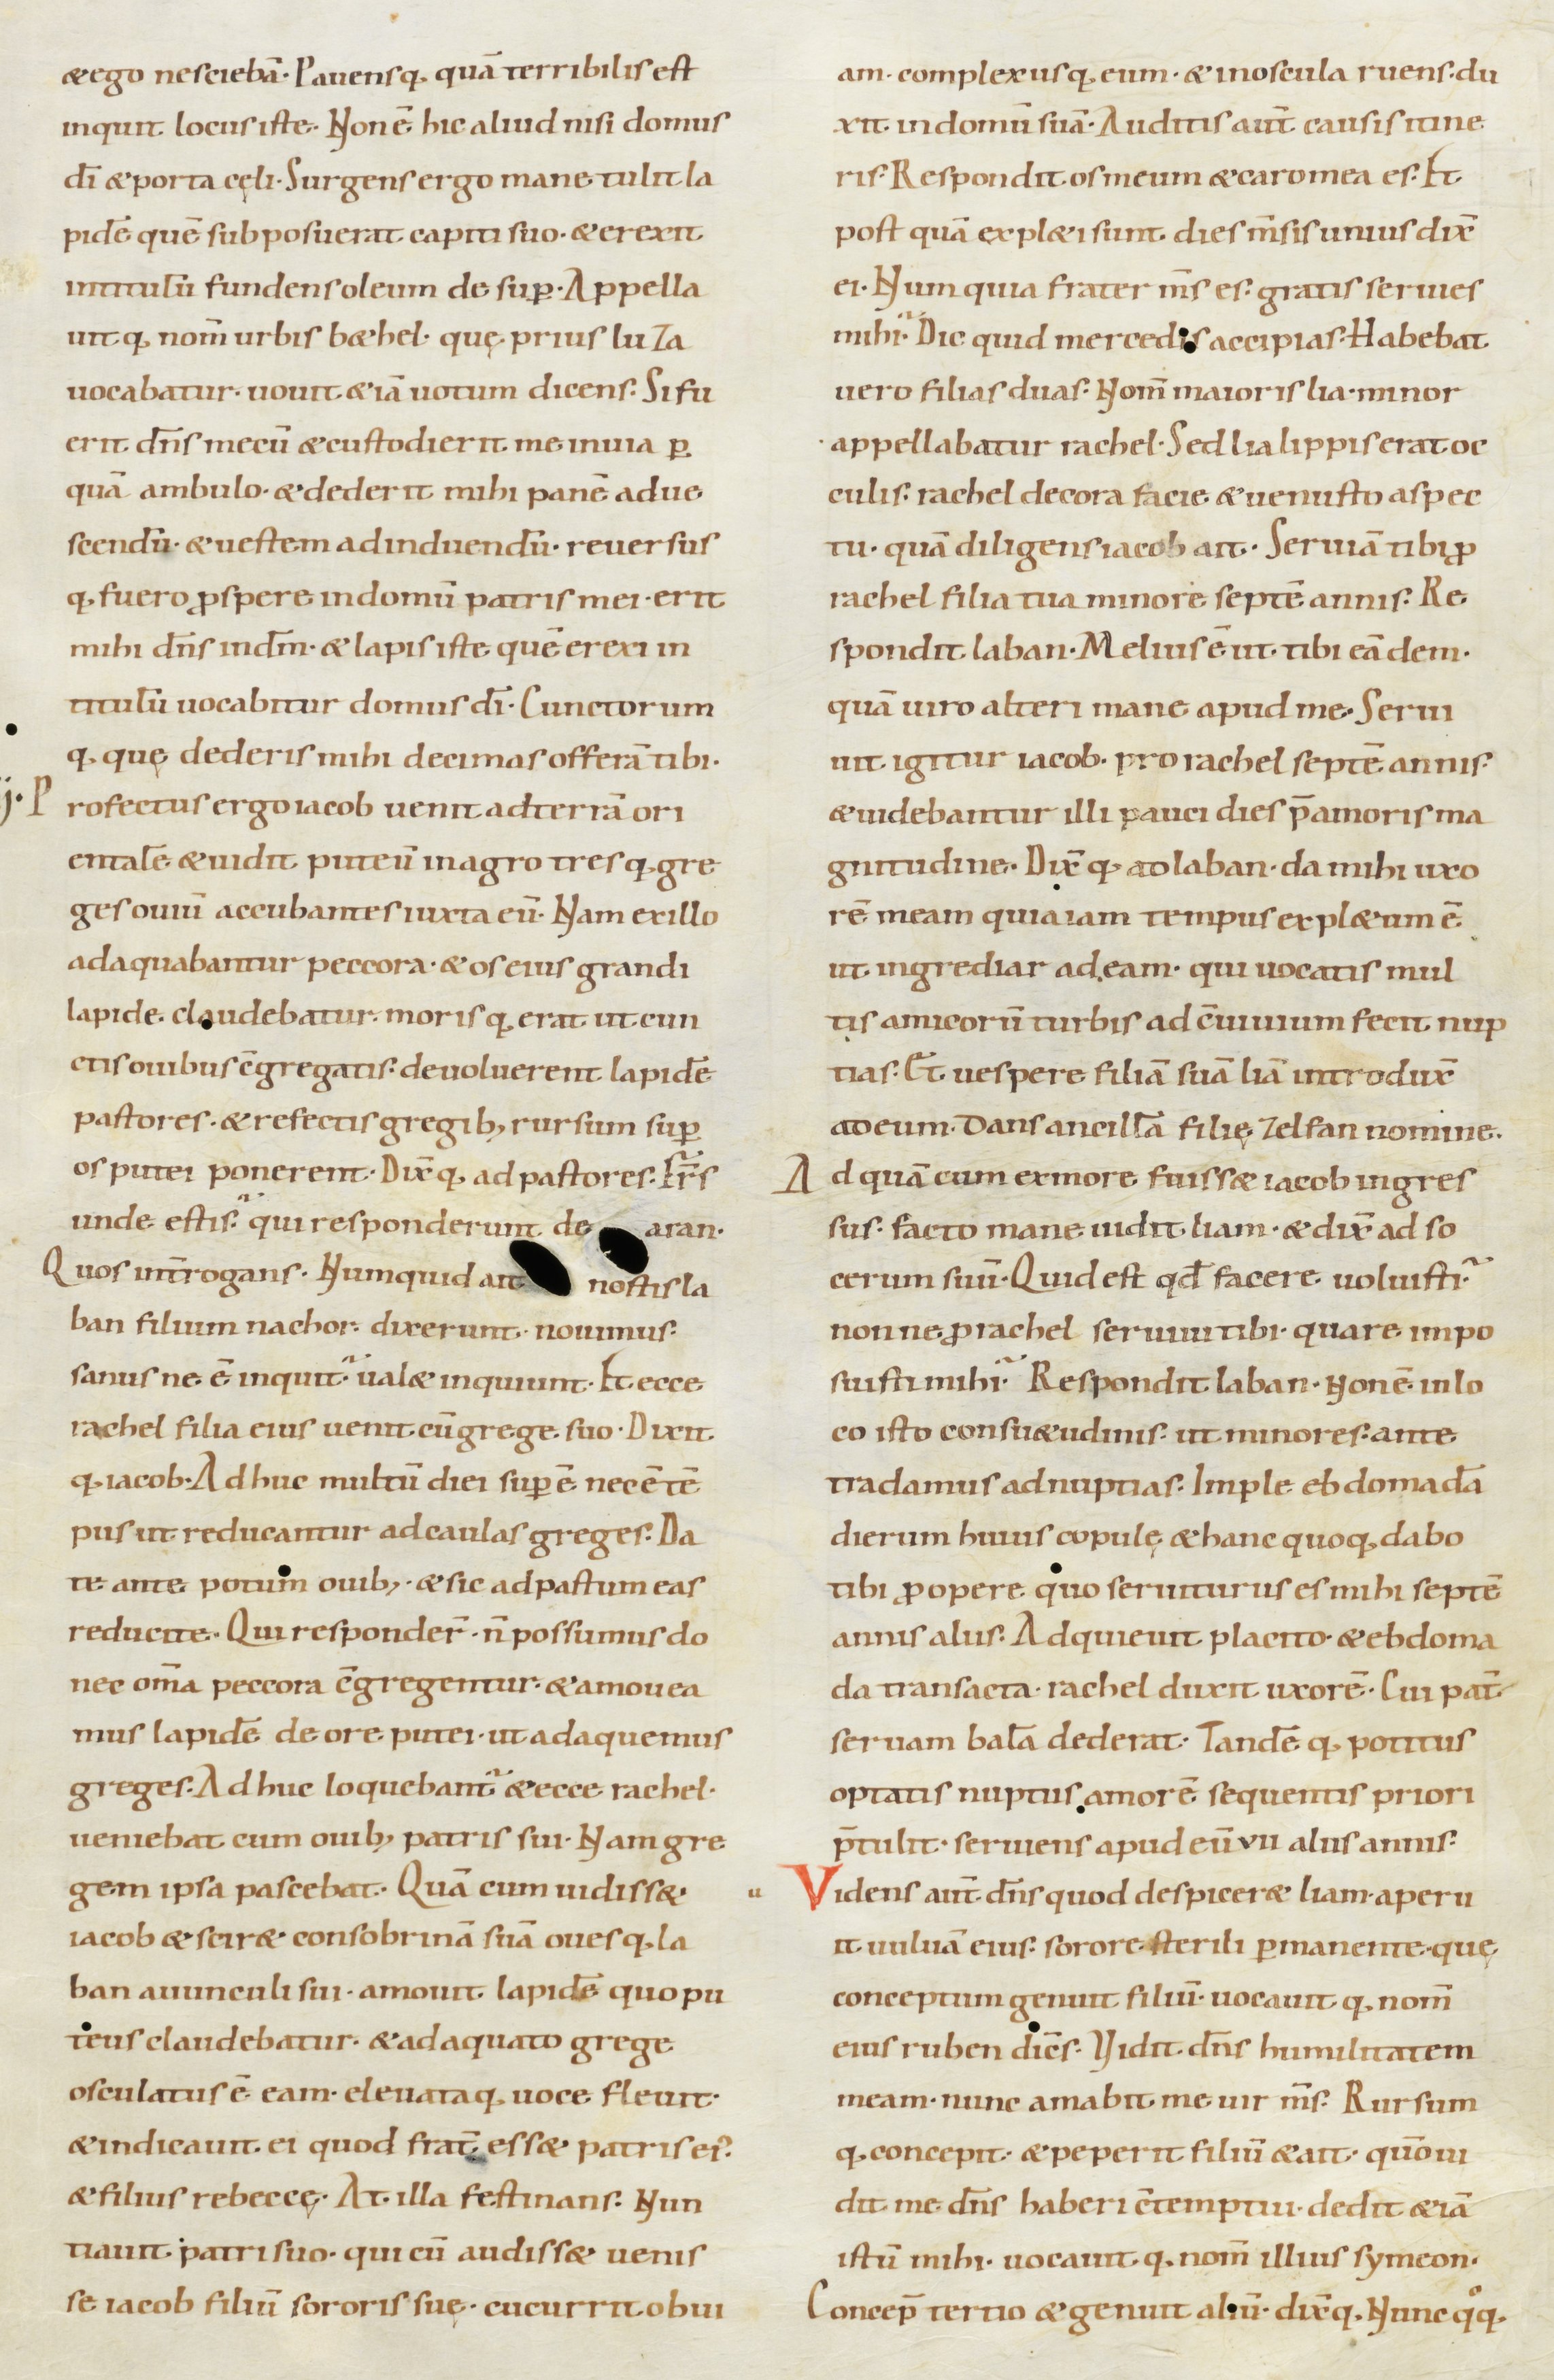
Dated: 900–999